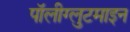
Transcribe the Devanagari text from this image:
पॉलीग्लुटमाइन